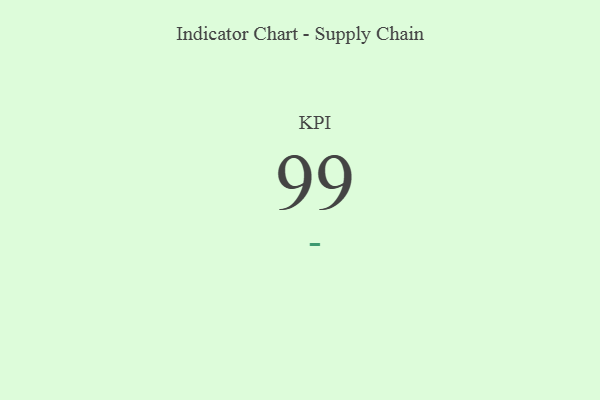
{"axis": {"x": "KPI", "y": "Value"}, "legend": [""], "data": [{"x": "KPI", "y": 99, "type": ""}]}